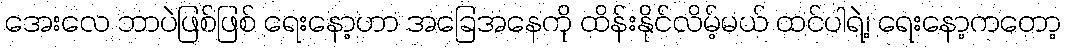
အေးလေ ဘာပဲဖြစ်ဖြစ် ရေးနော့ဟာ အခြေအနေကို ထိန်းနိုင်လိမ့်မယ် ထင်ပါရဲ့၊ ရေးနော့ကတော့